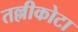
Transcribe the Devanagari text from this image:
तल्लीकोटा